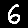
Digit: 6